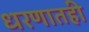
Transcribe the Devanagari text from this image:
धरणातही